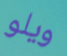
ويلو